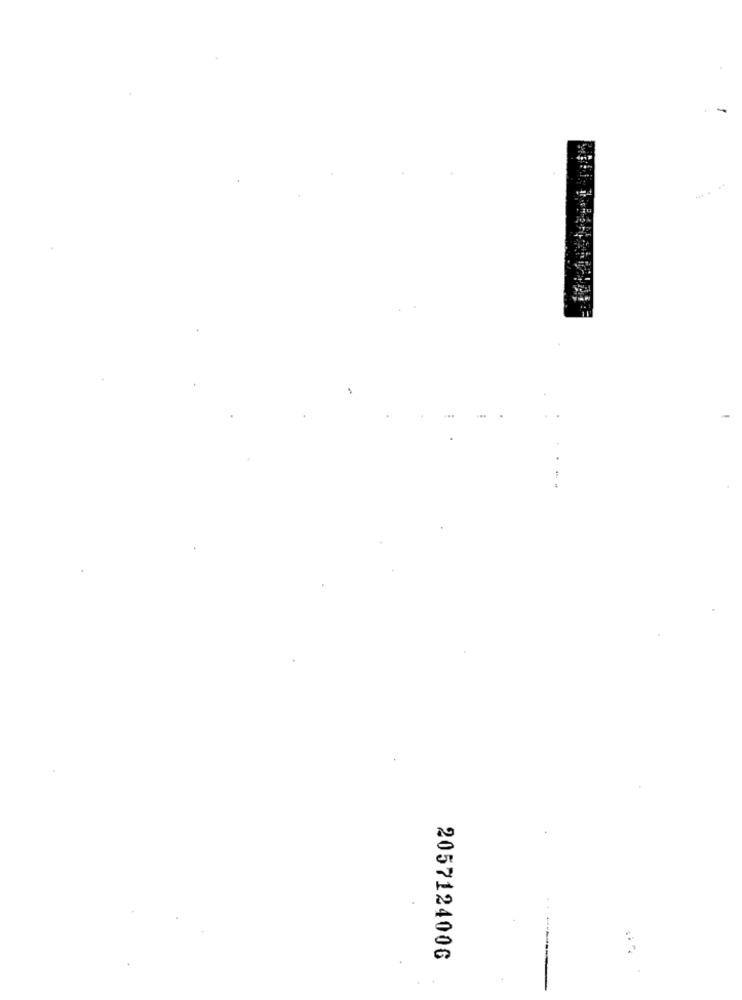
..
205712400G